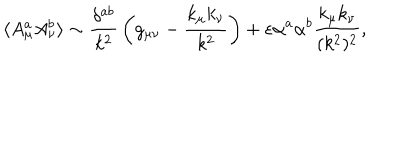
\langle A _ { \mu } ^ { a } A _ { \nu } ^ { b } \rangle \sim { \frac { \delta ^ { a b } } { k ^ { 2 } } } \left( g _ { \mu \nu } - { \frac { k _ { \mu } k _ { \nu } } { k ^ { 2 } } } \right) + \varepsilon \alpha ^ { a } \alpha ^ { b } { \frac { k _ { \mu } k _ { \nu } } { ( k ^ { 2 } ) ^ { 2 } } } ,